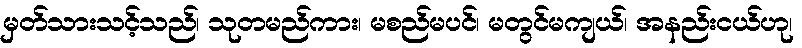
မှတ်သားသင့်သည်၊ သုတမည်ကား၊ မစည်မပင်၊ မတွင်မကျယ်၊ အနည်းငယ်ဟု၊